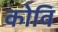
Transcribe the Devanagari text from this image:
कोवि